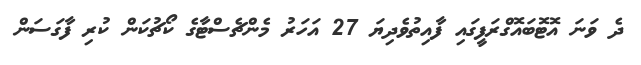
ދެ ވަނަ އޮޓޮބައޮގްރަފީގައި ފާއިތުވެދިޔަ 27 އަހަރު މެންޗެސްޓާގެ ކޯޗުކަން ކުރި ފާގަސަން